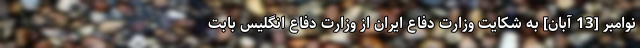
نوامبر [13 آبان] به شکایت وزارت دفاع ایران از وزارت دفاع انگلیس بابت